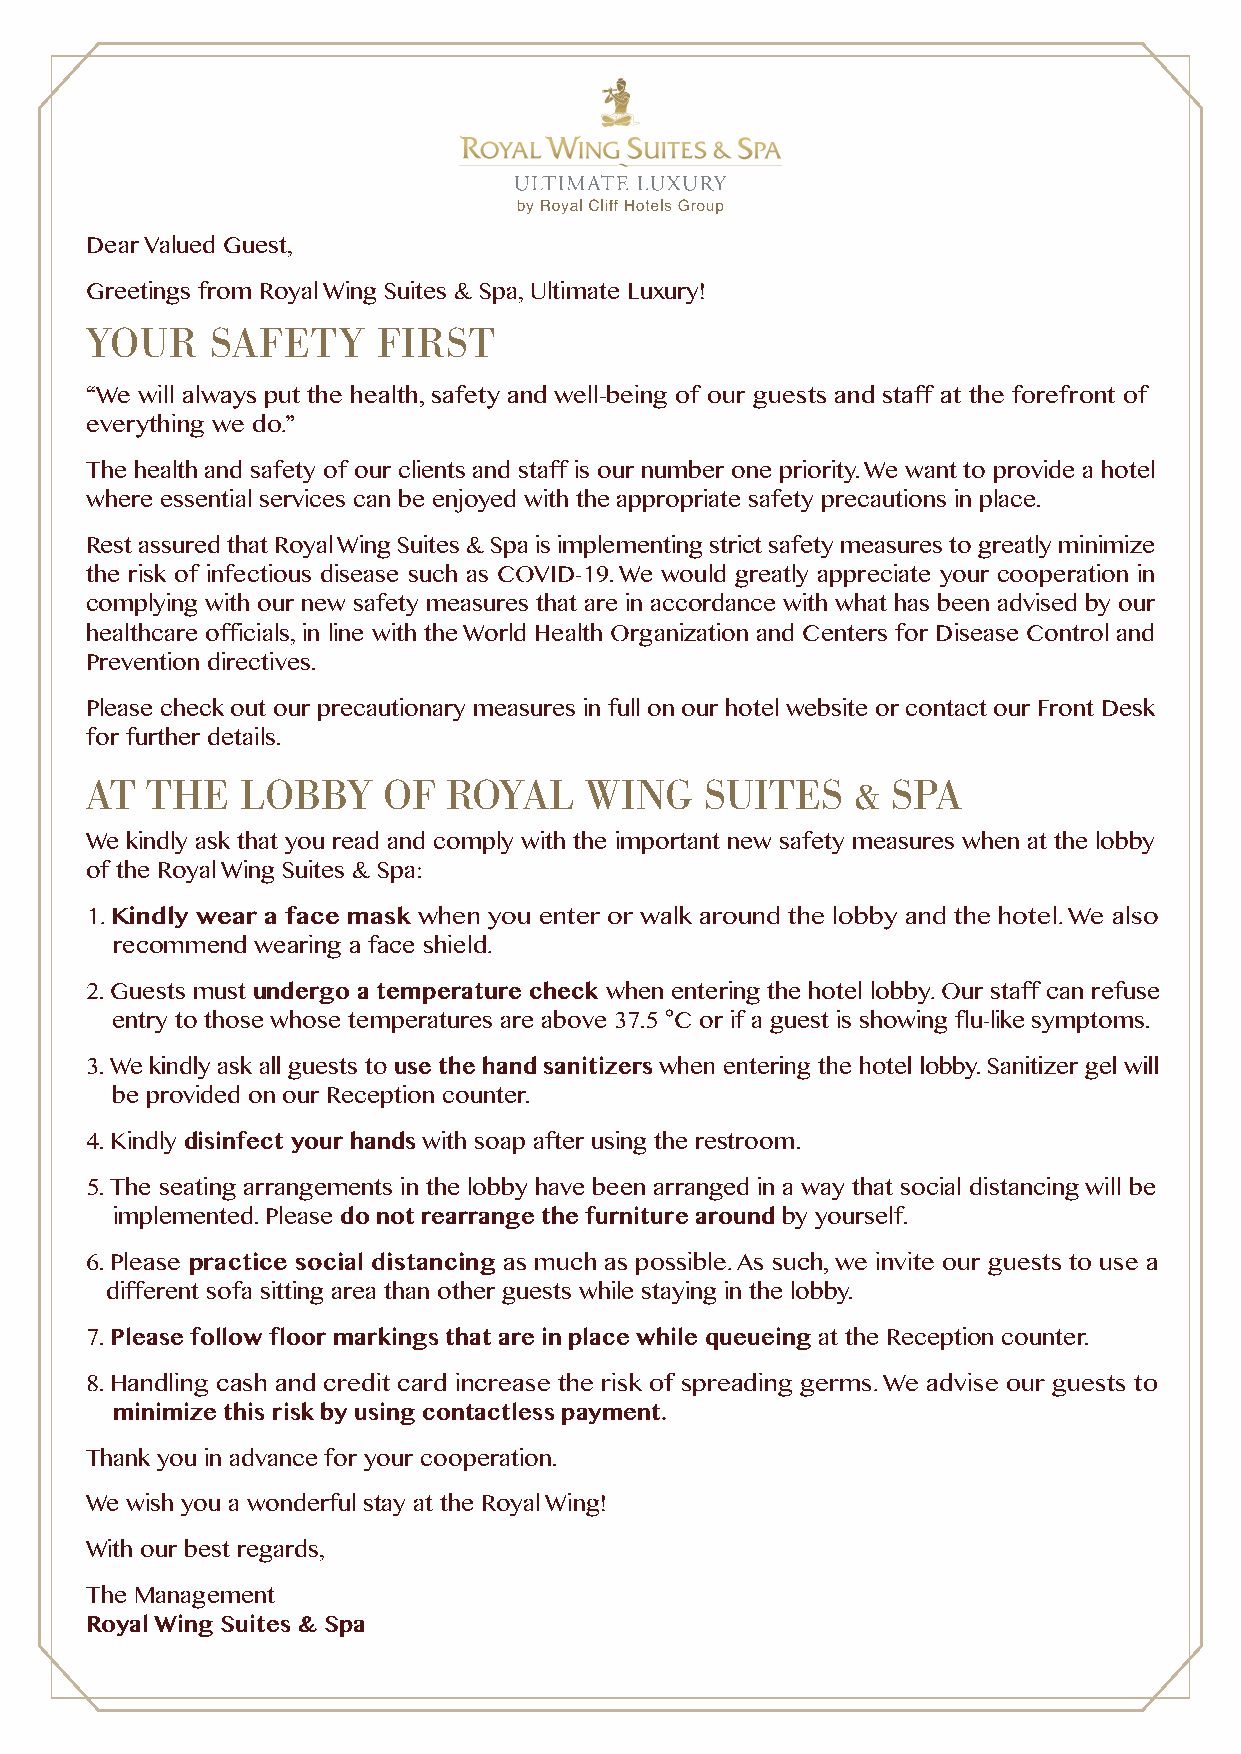
Dear Valued Guest,
 Greetings from Royal Wing Suites & Spa, Ultimate Luxury!
 YOUR    SAFETY     FIRST
 “We will always put the health, safety and well-being of our guests and staff at the forefront of
 everything we do.”
 The health and safety of our clients and staff is our number one priority. We want to provide a hotel
 where essential services can be enjoyed with the appropriate safety precautions in place.
 Rest assured that Royal Wing Suites & Spa is implementing strict safety measures to greatly minimize
 the risk of infectious disease such as COVID-19. We would greatly appreciate your cooperation in
 complying with our new safety measures that are in accordance with what has been advised by our
 healthcare officials, in line with the World Health Organization and Centers for Disease Control and
 Prevention directives.
 Please check out our precautionary measures in full on our hotel website or contact our Front Desk
 for further details.
 AT  THE   LOBBY    OF   ROYAL    WING    SUITES    & SPA
 We kindly ask that you read and comply with the important new safety measures when at the lobby
 of the Royal Wing Suites & Spa:
 1. Kindly wear a face mask when you enter or walk around the lobby and the hotel. We also
 recommend wearing a face shield.
 2. Guests must undergo a temperature check when entering the hotel lobby. Our staff can refuse
 °
 entry to those whose temperatures are above 37.5 C or if a guest is showing flu-like symptoms.
 3. We kindly ask all guests to use the hand sanitizers when entering the hotel lobby. Sanitizer gel will
 be provided on our Reception counter.
 4. Kindly disinfect your hands with soap after using the restroom.
 5. The seating arrangements in the lobby have been arranged in a way that social distancing will be
 implemented. Please do not rearrange the furniture around by yourself.
 6. Please practice social distancing as much as possible. As such, we invite our guests to use a
 different sofa sitting area than other guests while staying in the lobby.
 7. Please follow floor markings that are in place while queueing at the Reception counter.
 8. Handling cash and credit card increase the risk of spreading germs. We advise our guests to
 minimize this risk by using contactless payment.
 Thank you in advance for your cooperation.
 We wish you a wonderful stay at the Royal Wing!
 With our best regards,
 The Management
 Royal Wing Suites & Spa